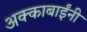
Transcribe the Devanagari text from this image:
अक्काबाईंनी